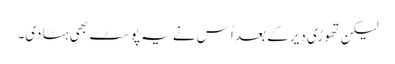
لیکن تھوڑی دیر کے بعد اُس نے یہ پوسٹ بھی ہٹا دی۔